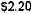
$2.20